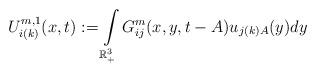
LaTeX: \begin{align*}U_{i(k)}^{m,1}(x,t):= \int\limits_{\mathbb{R}^{3}_{+}}G_{ij}^{m}(x,y,t-A)u_{j(k)A}(y) dy\end{align*}